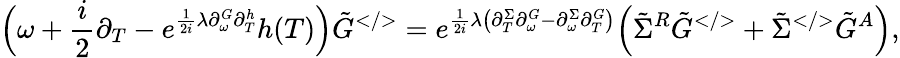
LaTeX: \Big(\omega+\frac{i}{2}\partial_{T}-e^{\frac{1}{2i}\lambda\partial_{\omega}^{G}\partial_{T}^{h}}h(T)\Big)\tilde{G}^{</>}=e^{\frac{1}{2i}\lambda\left(\partial_{T}^{\Sigma}\partial_{\omega}^{G}-\partial_{\omega}^{\Sigma}\partial_{T}^{G}\right)}\Big(\tilde{\Sigma}^{R}\tilde{G}^{</>}+\tilde{\Sigma}^{</>}\tilde{G}^{A}\Big),